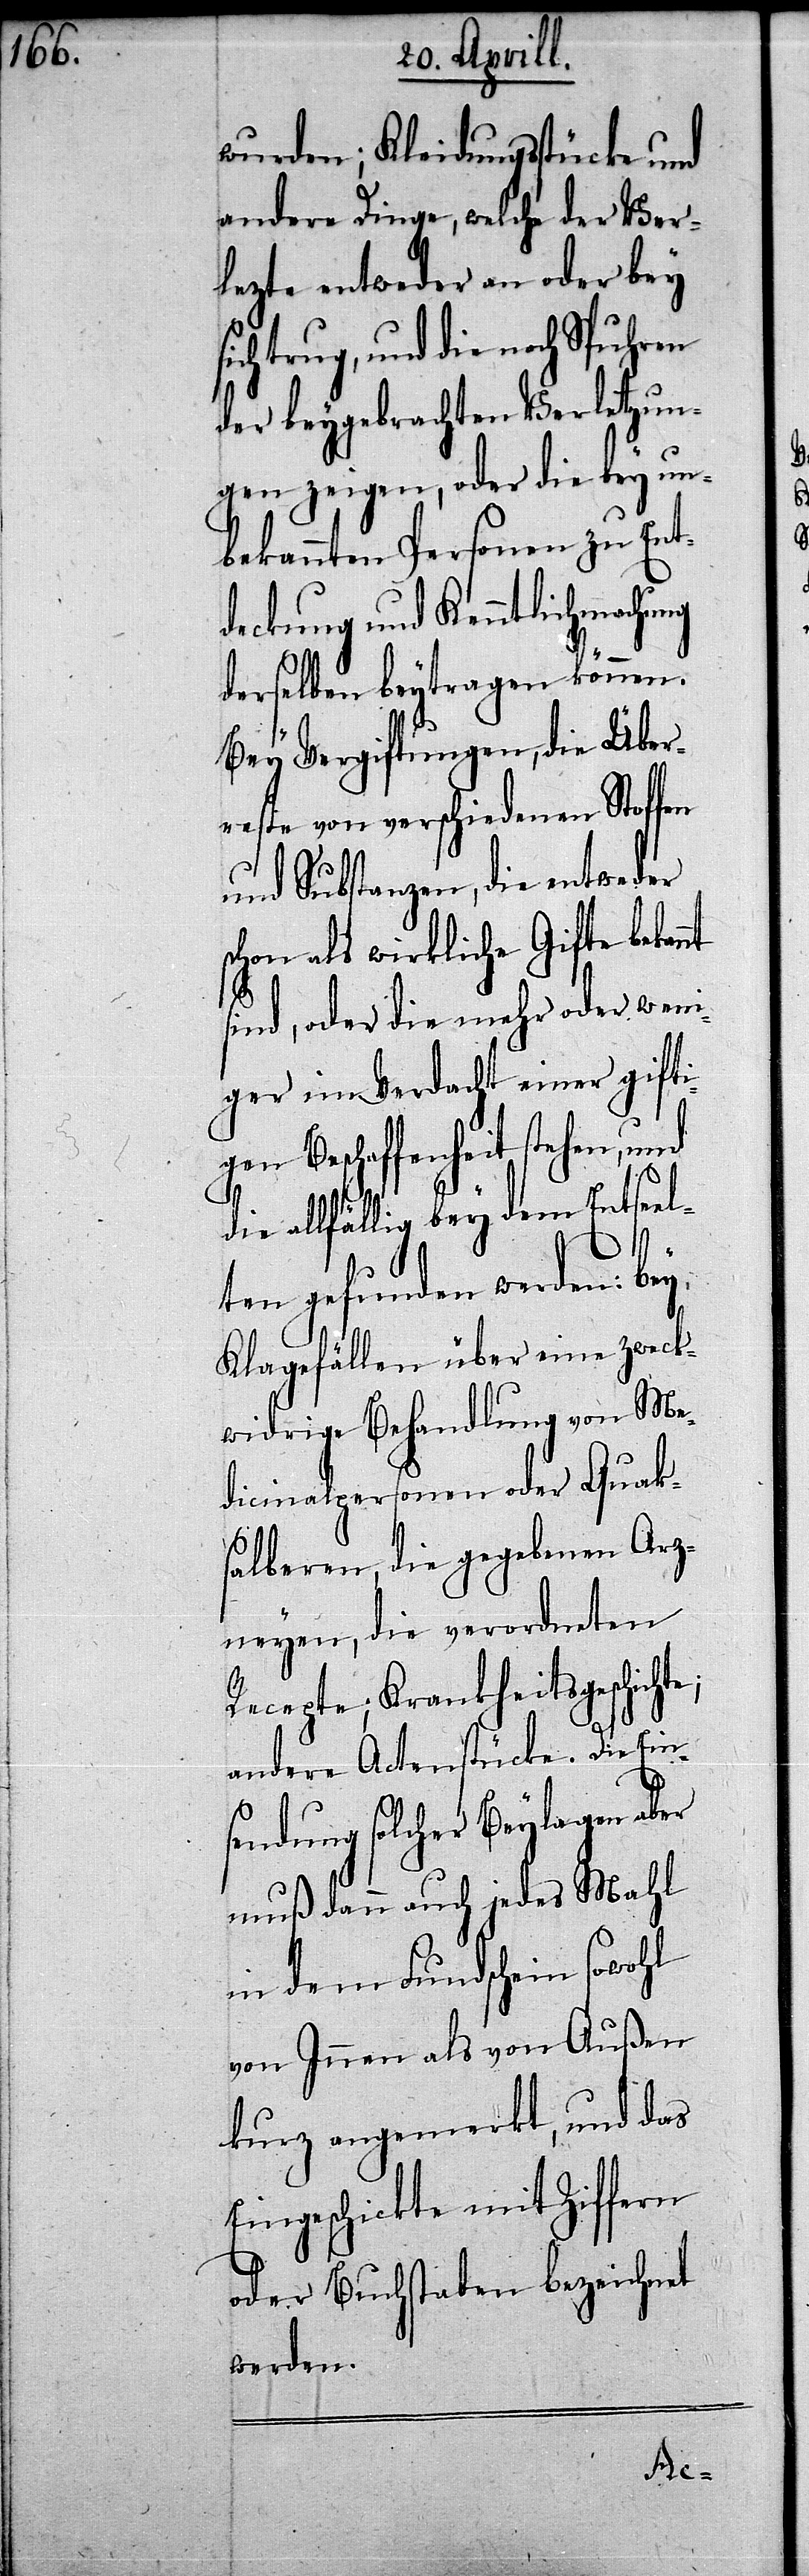
wurden; Kleidungsstücke und
andere Dinge, welche der Ver¬
lezte entweder an oder bey
trug, und die noch Spuhren
der beygebrachten Verletzun¬
gen zeigen, oder die bey un¬
bekannten Personen zu Ent¬
deckung und Kenntlichmachung
derselben beytragen können.
Bey Vergiftungen, die Über¬
reste von verschiedenen Stoffen
und Substanzen, die entweder
schon als wirkliche Gifte bekan¬
sind, oder die mehr oder weni¬
ger im Verdacht einer gifti¬
gen Beschaffenheit stehen, und
e;
die allfällig bey dem Entseel¬
ten gefunden werden: bey
Klagefällen über eine zweck¬
widrige Behandlung von Me¬
dicinalpersonen oder Quak¬
salberen, die gegebenen Arz¬
neyen, die verordneten
Recepte: Krankheitsgeschicht¬
andere Actenstücke. Die Ein¬
sendung solcher Beylagen aber
muß dann auch jedes Mahl
in dem Fundschein sowohl
von Innen als von Außen
kurz angemerkt, und das
Eingeschickte mit Ziffern
oder Buchstaben bezeichnet
werden.
sich